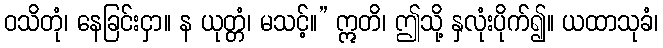
ဝသိတုံ၊ နေခြင်းငှာ။ န ယုတ္တံ၊ မသင့်။” ဣတိ၊ ဤသို့ နှလုံးပိုက်၍။ ယထာသုခံ၊